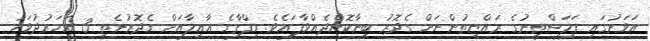
އަވަށުގައި ފަލަސްޠީނުގެ ރައްޔިތުންނަށް ގެދޮރު ބިނާކޮށްދެއްވާފައެވެ. ރިފްޤާގެ ޢާއިލާއަށް ގެދޮރުނެތި 3 އަހަރުދުވަހު